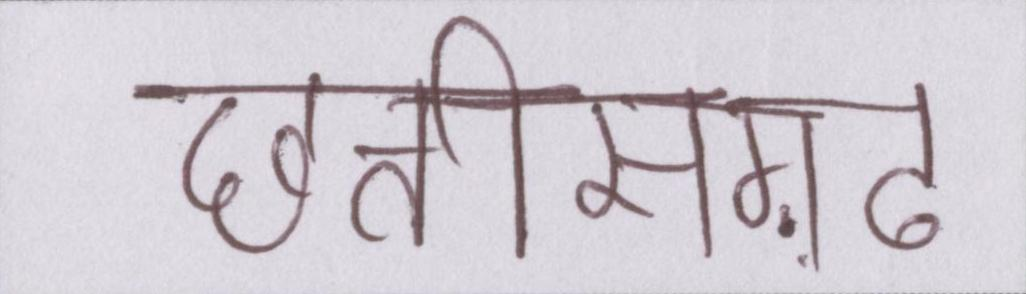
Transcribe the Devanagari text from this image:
छत्तीसग़ढ